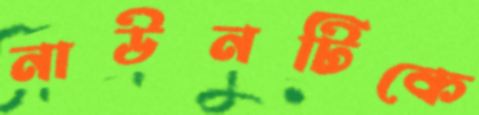
নাউনটিকে